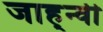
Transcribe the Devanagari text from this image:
जाह्न्वी